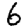
Digit: 6